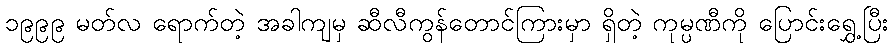
၁၉၉၉ မတ်လ ရောက်တဲ့ အခါကျမှ ဆီလီကွန်တောင်ကြားမှာ ရှိတဲ့ ကုမ္ပဏီကို ပြောင်းရွှေ့ပြီး